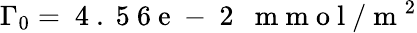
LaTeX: \Gamma_{0}=\mathrm{~4~.~5~6~e~-~2~}~\mathrm{~m~m~o~l~}/\mathrm{~m~}^{2}